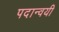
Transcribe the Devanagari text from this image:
पदान्वयी